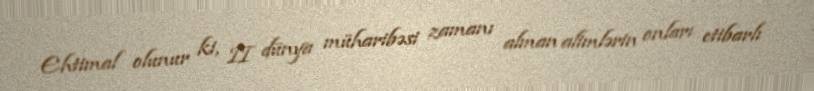
Ehtimal olunur ki, II dünya müharibəsi zamanı alman alimlərin onları etibarlı